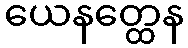
ယေနတ္ထေန